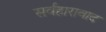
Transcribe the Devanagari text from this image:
सर्वहारावाद